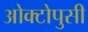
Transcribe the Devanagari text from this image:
ओक्टोपुसी